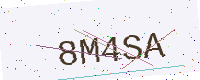
Text: 8M4SA